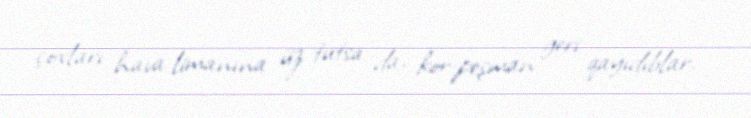
çoxları hava limanına üz tutsa da, kor-peşman geri qayıdıblar.